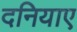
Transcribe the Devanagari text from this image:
दनियाए